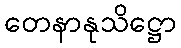
တေနာနုသိဋ္ဌော